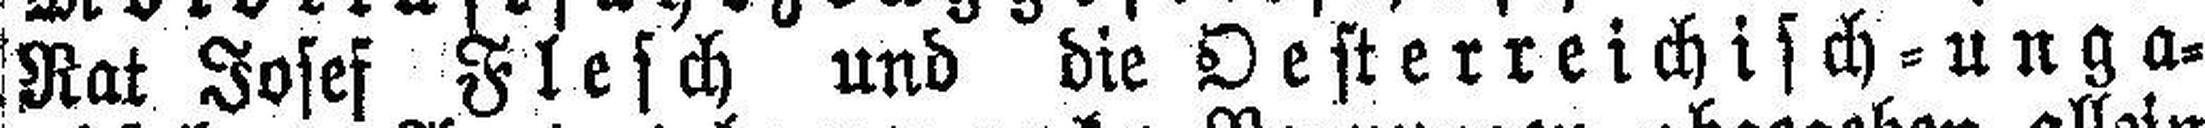
Rat Josef Flesch und die Oesterreichisch=unga¬